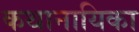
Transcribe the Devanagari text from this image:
कथानायिका